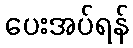
ပေးအပ်ရန်